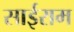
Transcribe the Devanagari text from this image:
साईराम